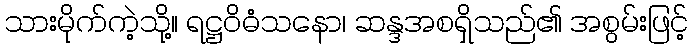
သားမိုက်ကဲ့သို့။ ရဋ္ဌဝိဓံသနော၊ ဆန္ဒအစရှိသည်၏ အစွမ်းဖြင့်